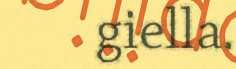
giella.